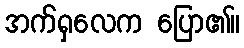
အက်ရှလေက ပြော၏။